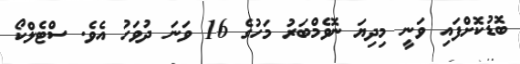
ބޮޑުކޮށްފައި ވަނީ މިދިޔަ ނޮވެމްބަރު މަހުގެ 16 ވަނަ ދުވަހު އެވެ. ސްޓެލްކޯ